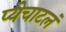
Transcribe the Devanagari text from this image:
प्येचाटलं